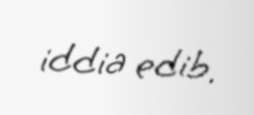
iddia edib.